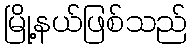
မြို့နယ်ဖြစ်သည်